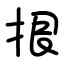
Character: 拫